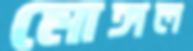
মোঙ্গল